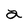
Character: a